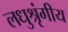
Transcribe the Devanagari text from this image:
लधुश्रृंगीय